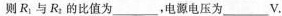
则R_{1}与R_{2}的比值为___，电源电压为___V.